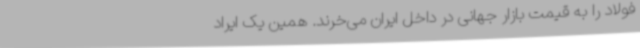
فولاد را به قیمت بازار جهانی در داخل ایران می‌خرند. همین یک ایراد